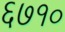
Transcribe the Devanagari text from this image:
६७१०